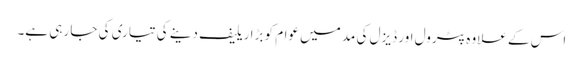
اس کے علاوہ پٹرول اور ڈیزل کی مد میں عوام کو بڑا ریلیف دینے کی تیاری کی جا رہی ہے۔